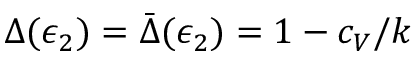
\Delta ( \epsilon _ { 2 } ) = \bar { \Delta } ( \epsilon _ { 2 } ) = 1 - c _ { V } / k